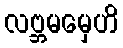
လဗ္ဘမမှေဟိ